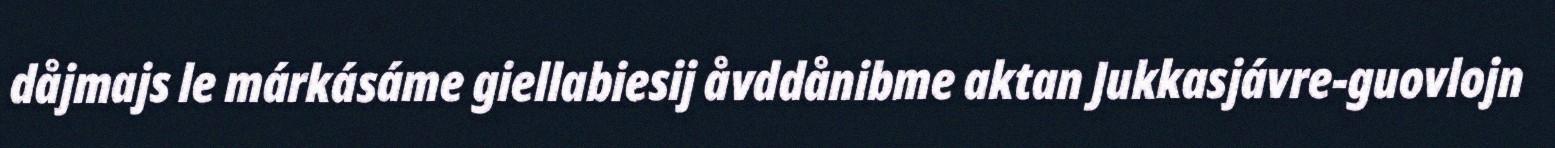
dåjmajs le márkásáme giellabiesij åvddånibme aktan Jukkasjávre-guovlojn